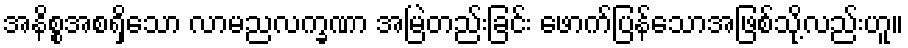
အနိစ္စအစရှိသော လာမညလက္ခဏာ အမြဲတည်းခြင်း ဖောက်ပြန်သောအဖြစ်သို့လည်းဟူ။